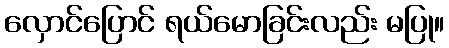
လှောင်ပြောင် ရယ်မောခြင်းလည်း မပြု။